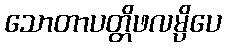
သောတာပတ္တိဖလမ္ပိပေ